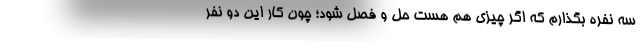
سه نفره بگذارم که اگر چیزی هم هست حل و فصل شود؛ چون کار این دو نفر